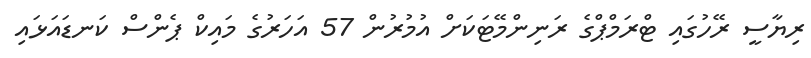
ރިޔާސީ ރޭހުގައި ޓްރަމްޕްގެ ރަނިންމޭޓަކަށް އުމުރުން 57 އަހަރުގެ މައިކް ޕެންސް ކަނޑައަޅައި